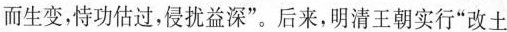
而生变，恃功估过，侵扰益深”。后来，明清王朝实行”改土